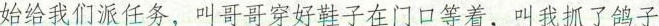
始给我们派任务，叫哥哥穿好鞋子在门口等着，叫我抓了鸽子